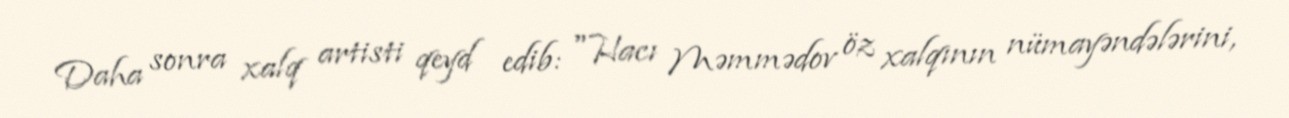
Daha sonra xalq artisti qeyd edib: "Hacı Məmmədov öz xalqının nümayəndələrini,